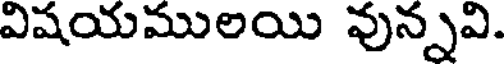
విషయములయి వున్నవి.